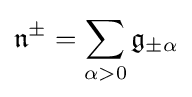
{\mathfrak {n}}^{\pm }=\sum _{\alpha >0}{\mathfrak {g}}_{\pm \alpha }